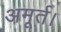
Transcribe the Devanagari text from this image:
अमूर्त।